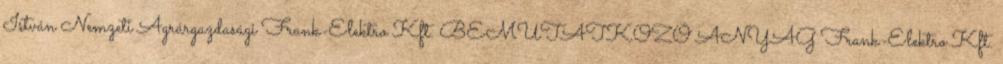
István Nemzeti Agrárgazdasági Frank-Elektro Kft. BEMUTATKOZÓ ANYAG Frank-Elektro Kft.